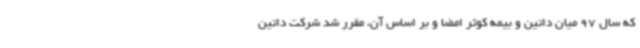
که سال 97 میان داتین و بیمه کوثر امضا و بر اساس آن، مقرر شد شرکت داتین